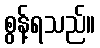
စွန့်ရသည်။